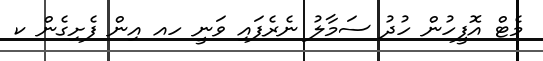
މެޓް އޮފީހުން ހުދު ސަމާލު ނެރެފައި ވަނީ ހއ އިން ފެށިގެން ކ